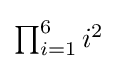
\textstyle \prod _{i=1}^{6}i^{2}